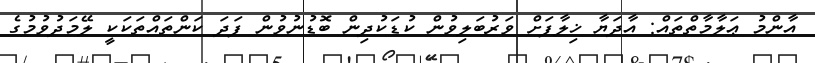
އާންމު ޢަލާމާތްތައް: އާދަޔާ ޚިލާފަށް ވަރުބަލިވުން ކުޑަކުދިން ބޮޑުނުވުން ފަދަ ކަންތައްތަކަކީ ލޭމަދުވުމުގެ